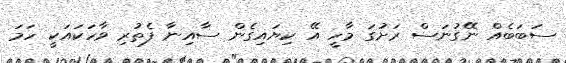
ސަބަބެއް ނޭގުނަސް ރަށުގަ މާހީ އޭ ކިޔައިގެން ސާއިނާ ފެތުރި ވާހަކައަކީ ހަމަ